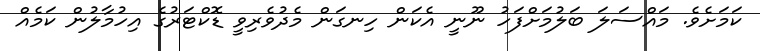
ކަމަށެވެ. މައްސަލަ ބަލުމަށްފަހު ނޫނީ އެކަން ހިނގަން މެދުވެރިވީ ޑޮކްޓަރުގެ އިހުމާލުން ކަމެއް